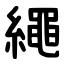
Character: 繩